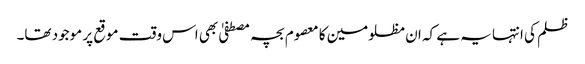
ظلم کی انتہا یہ ہے کہ ان مظلومین کا معصوم بچہ مصطفیٰ بھی اس وقت موقع پر موجود تھا۔